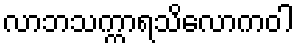
လာဘသက္ကာရသိလောကဝါ